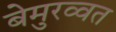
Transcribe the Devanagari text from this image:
बेमुरव्वत